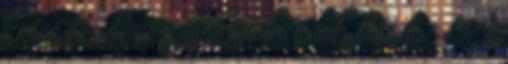
barcelona Mi például az Absolut vodkás grapefruit szódából fogyasztottunk